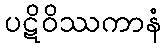
ပဋိဝိဿကာနံ